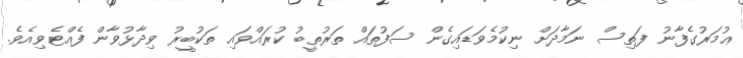
ޢުމަރުގެފާނު ފަތިސް ނަމާދަށް ނިކުމެވަޑައިގެން ސަފުތައް ތަރުތީބު ކުރައްވައި ތަކުބީރު ވިދާޅުވާން ފެއްޓެވިއެވެ.